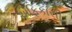
એફિકાસી